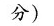
分）